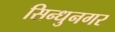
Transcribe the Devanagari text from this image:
सिन्धुनगर